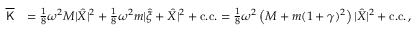
\begin{array} { r l } { \overline { { \mathsf { K } } } } & { = \frac { 1 } { 8 } \omega ^ { 2 } M | \hat { X } | ^ { 2 } + \frac { 1 } { 8 } \omega ^ { 2 } m | \hat { \xi } + \hat { X } | ^ { 2 } + \mathrm { c . c . } = \frac { 1 } { 8 } \omega ^ { 2 } \left( M + m ( 1 + \gamma ) ^ { 2 } \right) | \hat { X } | ^ { 2 } + \mathrm { c . c . } \, , } \end{array}